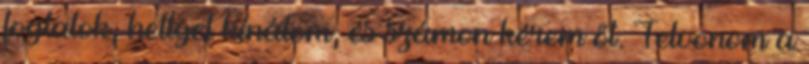
foglalok, hellyel kínálom, és számon kérem őt. Felvonom a